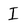
Character: I